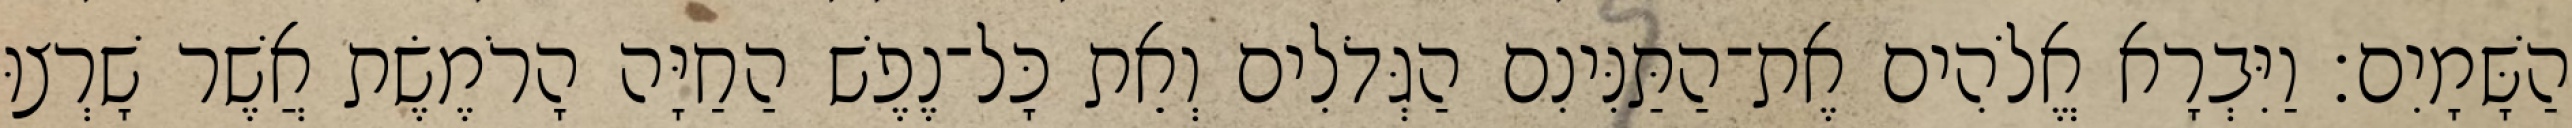
הַשָּׁמָיִם׃ וַיִּבְרָא אֱלֹהִים אֶת־הַתַּנִּינִם הַגְּדֹלִים וְאֵת כָּל־נֶפֶשׁ הַחַיָּה הָרֹמֶשֶׂת אֲשֶׁר שָׁרְצוּ